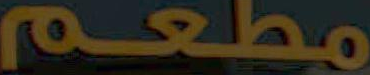
مطعم